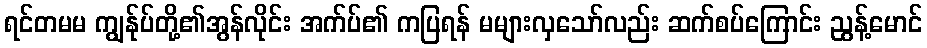
ရင်တမမ ကျွန်ုပ်တို့၏အွန်လိုင်း အက်ပ်၏ ကပြရန် မများလှသော်လည်း ဆက်စပ်ကြောင်း ညွန့်မောင်